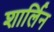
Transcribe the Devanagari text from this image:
शार्लिन